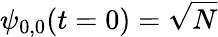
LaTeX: \psi_{0,0}(t=0)=\sqrt{N}